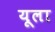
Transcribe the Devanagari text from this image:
यूला